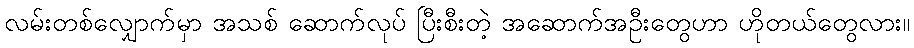
လမ်းတစ်လျှောက်မှာ အသစ် ဆောက်လုပ် ပြီးစီးတဲ့ အဆောက်အဦးတွေဟာ ဟိုတယ်တွေလား။